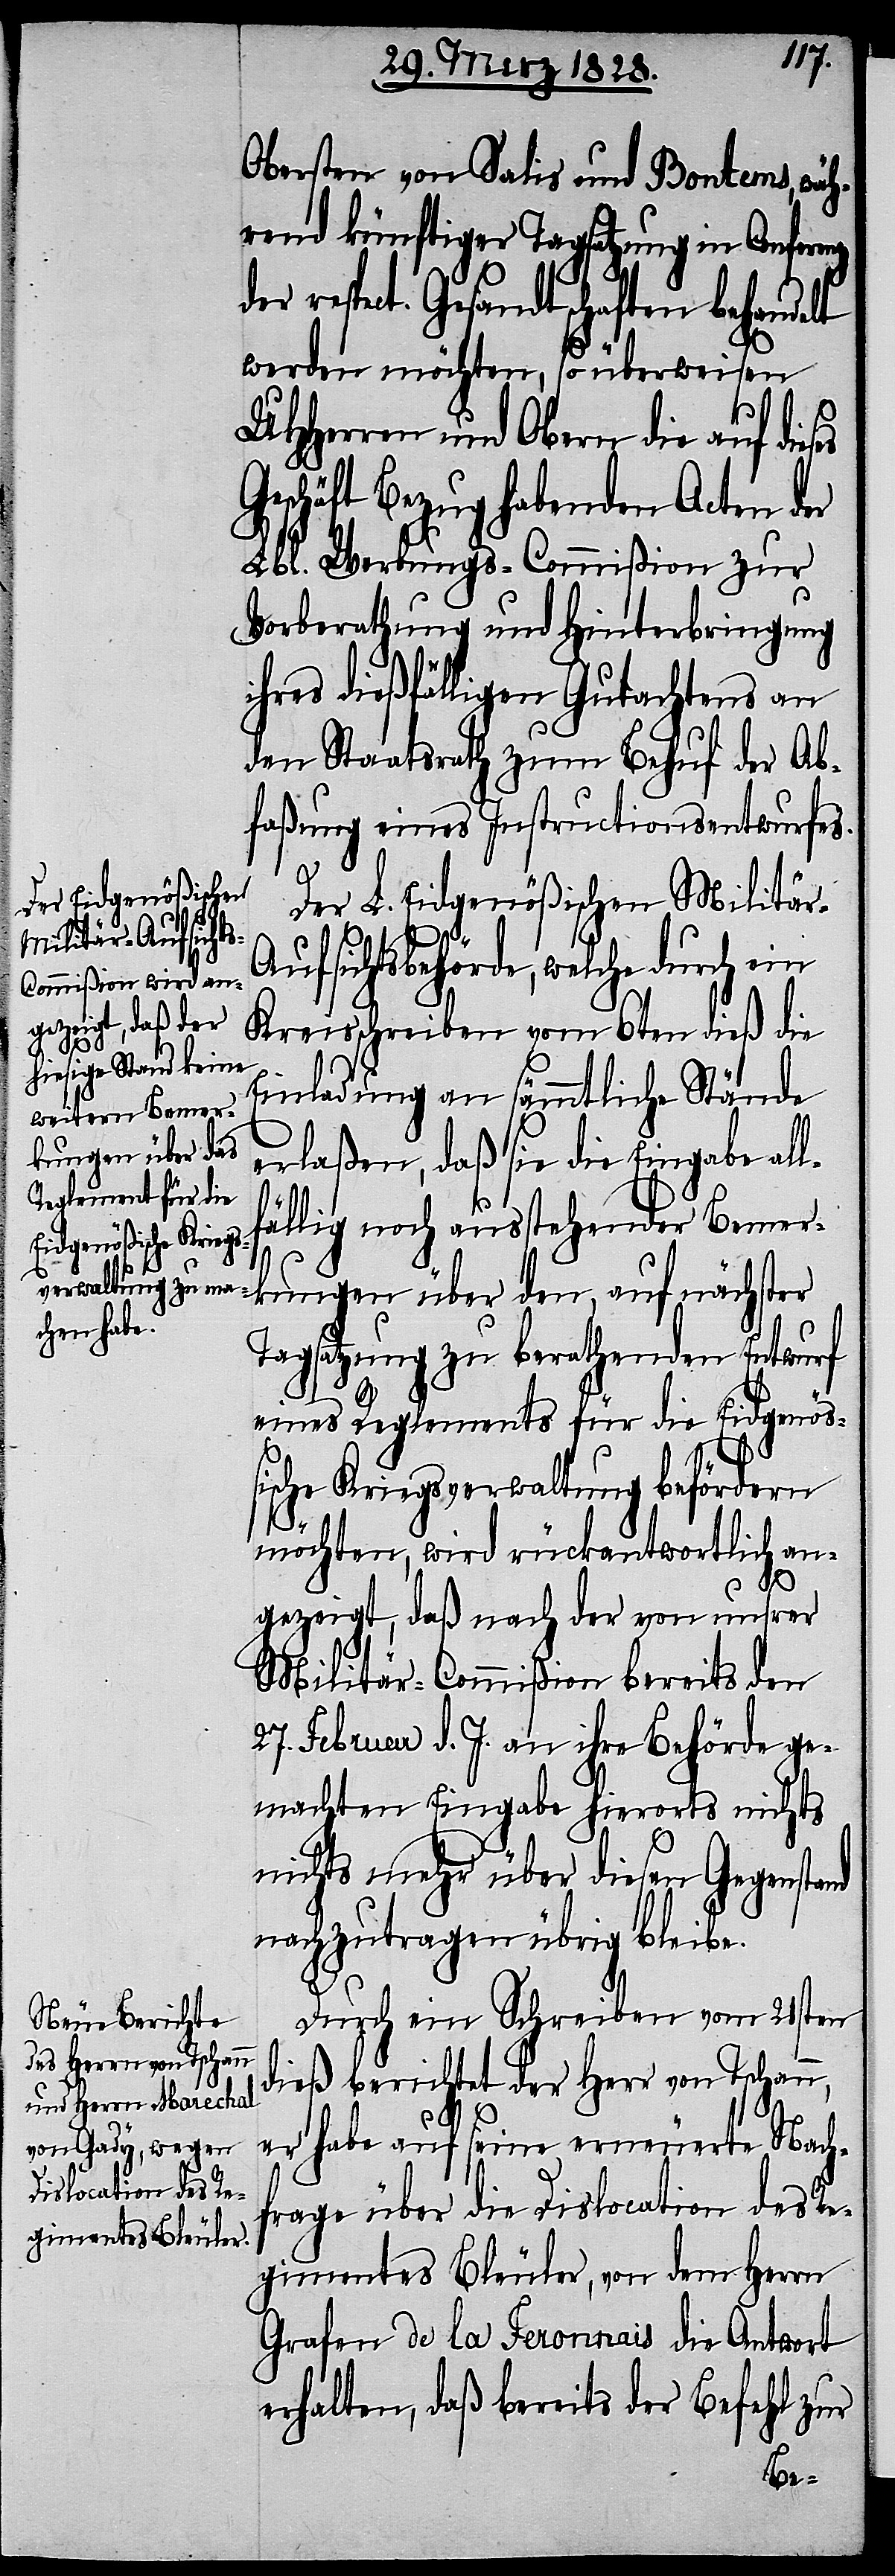
Obersten von Salis und Bontems, wäh¬
rend künftiger Tagsatzung in Conferenz
respect. Gesandtschaften behande¬
werden möchten, so überweisen
UHHerren und Obern die auf dieses
Geschäft Bezug habenden Acten der
Lbl. Werbungs-Commißion zur
Vorberathung und Hinterbringung
ihres dießfälligen Gutachtens an
den Staatsrath zum Behuf der Ab¬
faßung eines Instructionsentwurfes.
lt
Der L. Eidgenößischen Militär-A¬
ufsichtsbehörde, welche durch ein
Kreisschreiben vom 6ten dieß die
Einladung an sämmtliche Stände
erlaßen, daß sie die Eingabe all¬
fällig noch ausstehender Bemer¬
kungen über den, auf nächster
Tagsatzung zu berathenden Entwurf
eines Reglements für die Eidgenöß¬
ische Kriegsverwaltung befördern
möchten, wird rückantwortlich an¬
gezeigt, daß nach der von unsrer
Militär-Commißion bereits den
27. Februar d. J. an ihre Behörde ge¬
machten Eingabe hierorts nichts
[sic!] mehr über diesen Gegenstand
nachzutragen übrig bleibe.